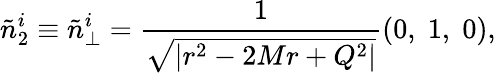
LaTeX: \tilde{n}_{2}^{i}\equiv\tilde{n}_{\perp}^{i}=\frac{1}{\sqrt{|r^{2}-2Mr+Q^{2}|}}(0,\; 1,\; 0),